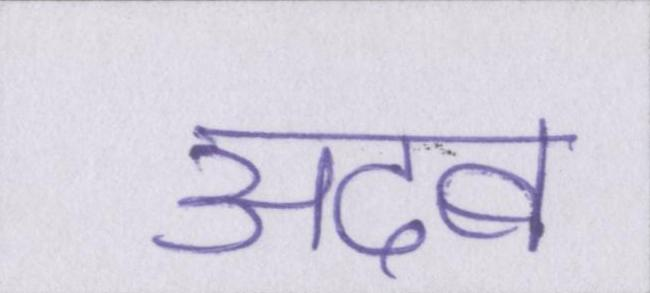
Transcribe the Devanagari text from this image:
अदब